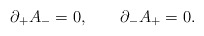
\begin{align*}\partial_+ A_- = 0, \qquad \partial_- A_+ = 0. \end{align*}